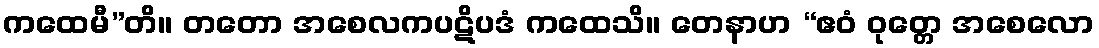
ကထေမီ”တိ။ တတော အစေလကပဋိပဒံ ကထေသိ။ တေနာဟ “ဧဝံ ဝုတ္တေ အစေလော